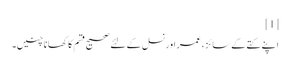
[1]
اپنے کتے کے سائز ، عمر اور نسل کے لئے صحیح قسم کا کھانا چنیں۔